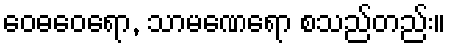
ဝေဓဝေရော, သာမဏေရော စသည်တည်း။